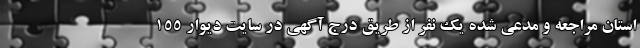
استان مراجعه و مدعی شده یک نفر از طریق درج آگهی در سایت دیوار 155